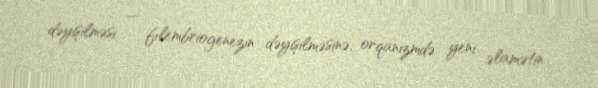
dəyişilməsi — fılembriogenezin dəyişilməsinə, orqanizmdə yeni əlamətin